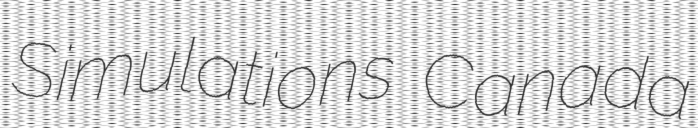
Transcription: Simulations Canada